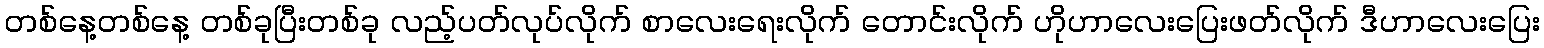
တစ်နေ့တစ်နေ့ တစ်ခုပြီးတစ်ခု လည့်ပတ်လုပ်လိုက် စာလေးရေးလိုက် တောင်းလိုက် ဟိုဟာလေးပြေးဖတ်လိုက် ဒီဟာလေးပြေး